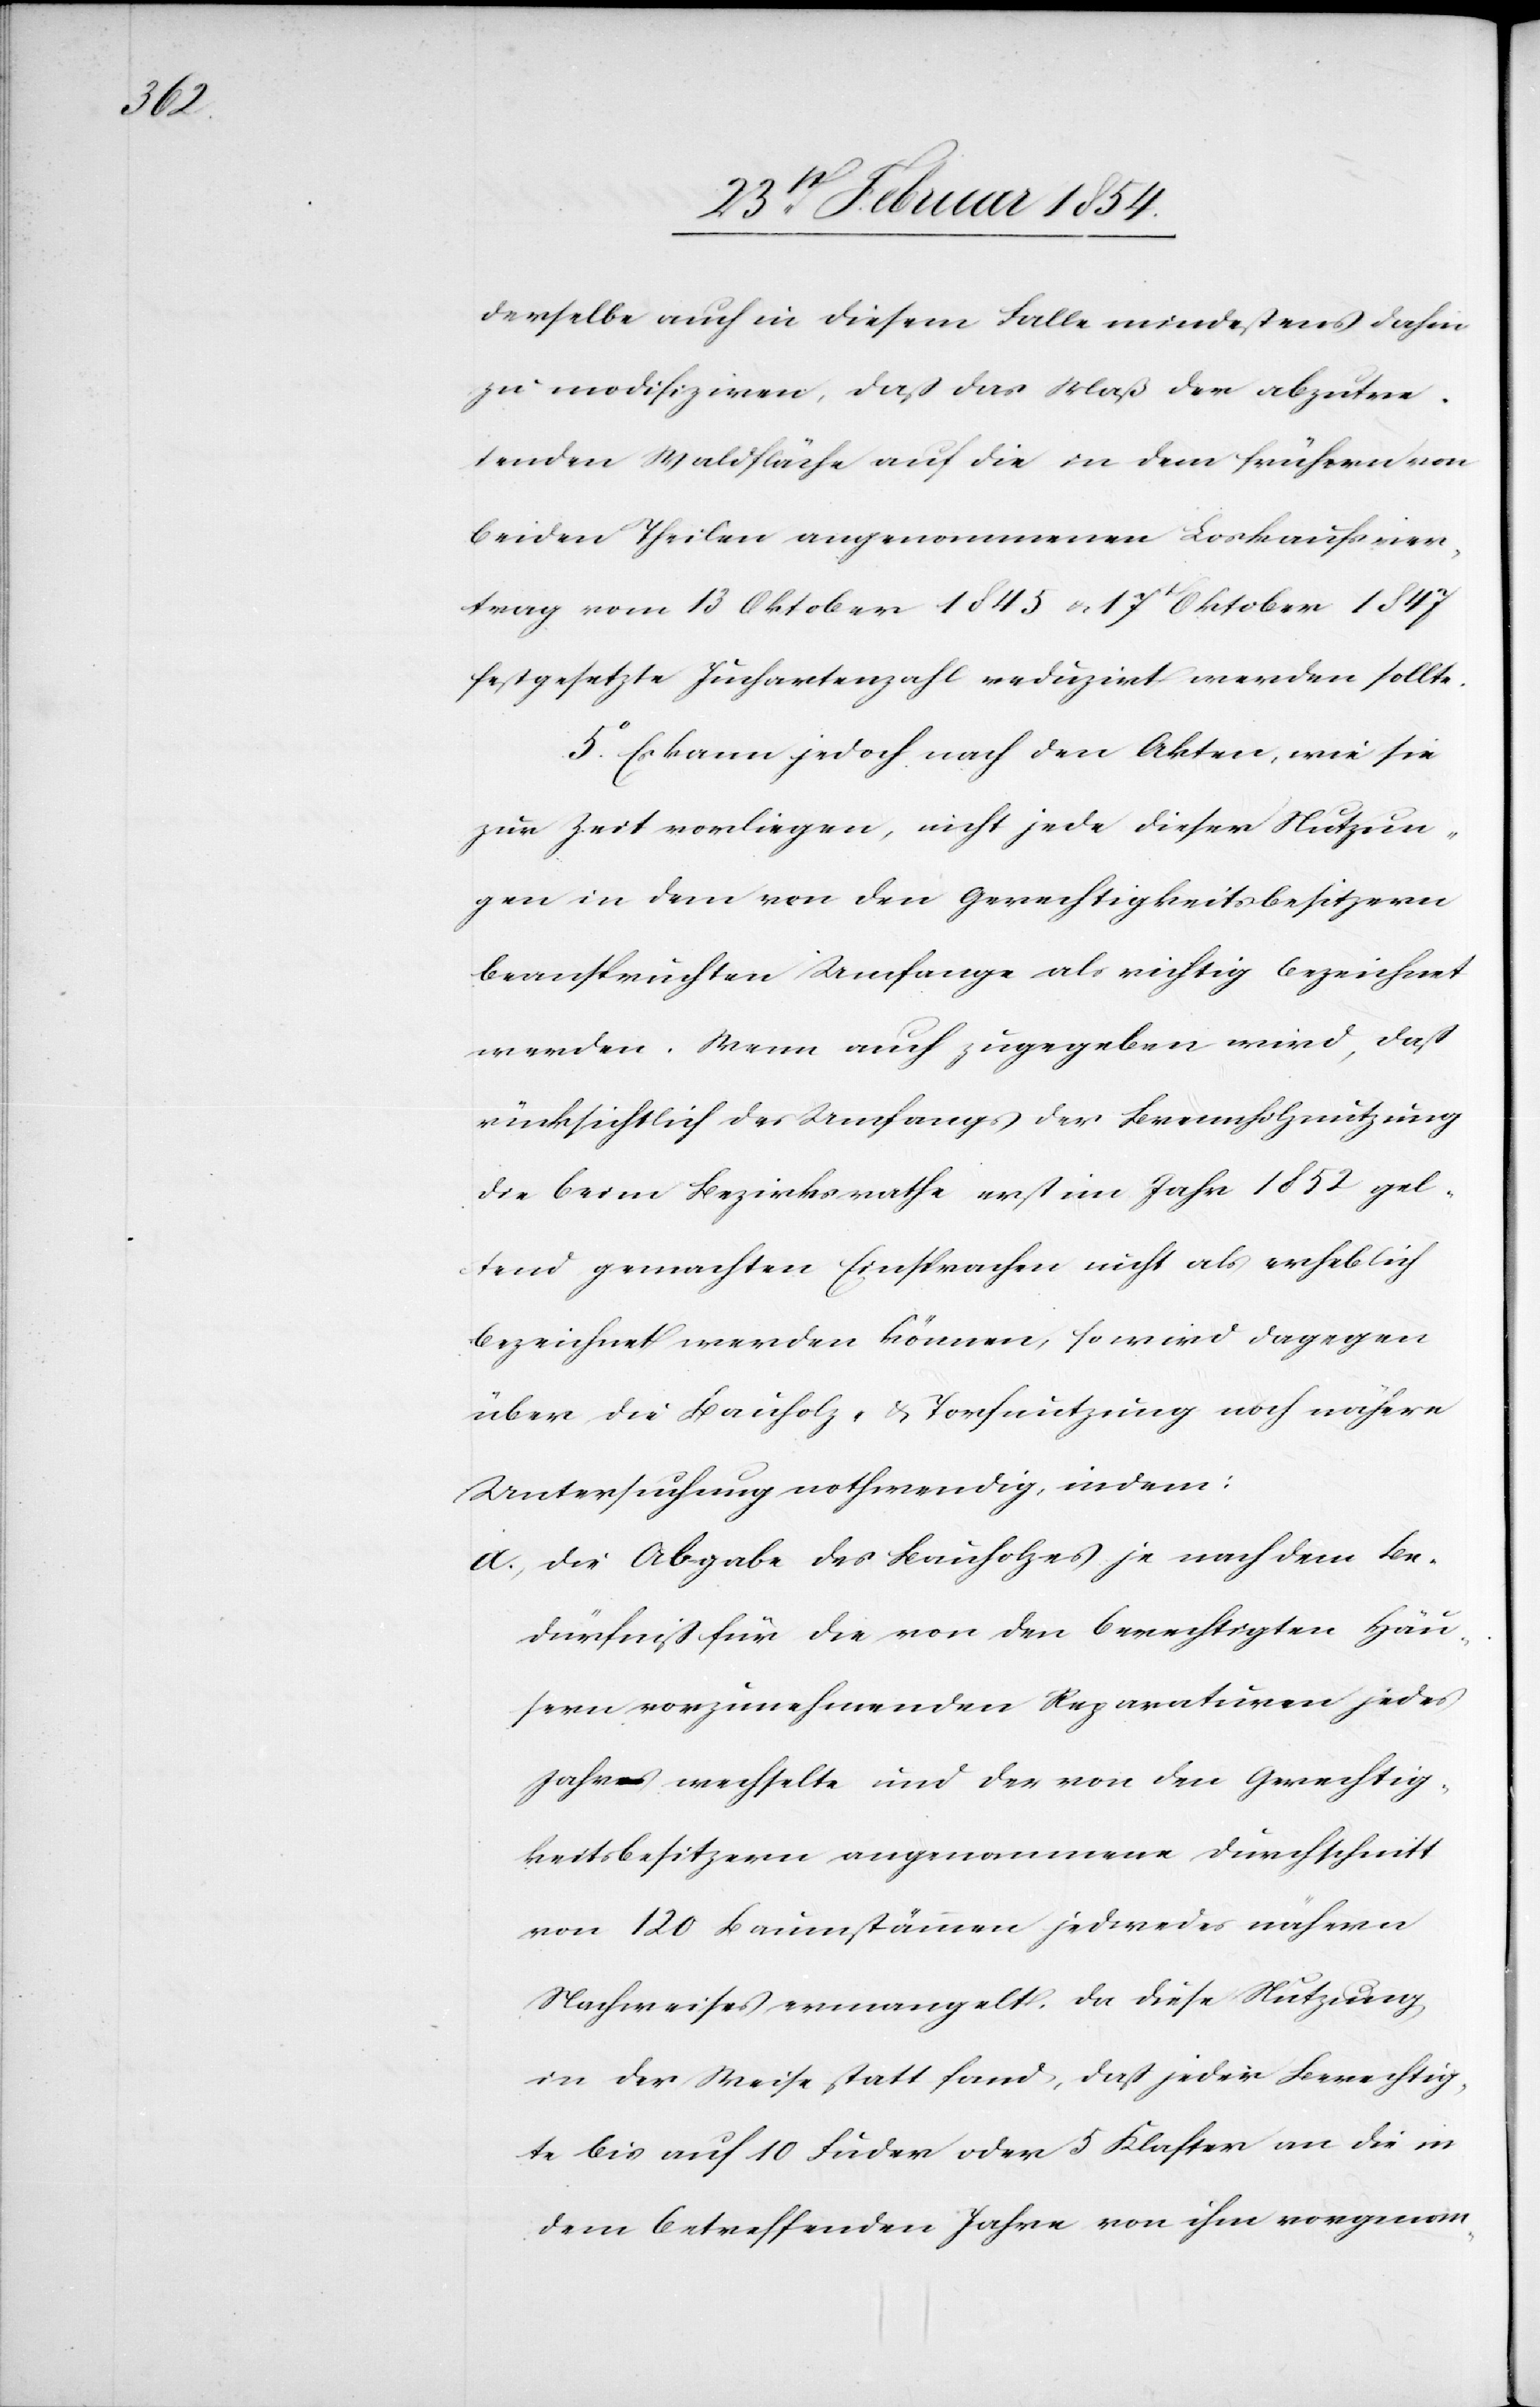
derselbe auch in diesem Falle mindestens dahin
zu modifiziren, daß das Maß der abzutre¬
tenden Waldfläche auf die in dem frühern von
beiden Theilen angenommenen Loskaufsver¬
trag vom 13 Oktober 1845 u. 17t Oktober 1847
festgesetzte Juchartenzahl reduzirt werden sollte.
5o Es kann jedoch nach den Akten, wie sie
zur Zeit vorliegen, nicht jede dieser Nutzun¬
gen in dem von den Gerechtigkeitsbesitzern
beanspruchten Umfange als richtig bezeichnet
werden. Wenn auch zugegeben wird, daß
rücksichtlich des Umfangs der Brennholznutzung
die beim Bezirksrathe erst im Jahre 1852 gel¬
tend gemachten Einsprachen nicht als erheblich
bezeichnet werden könne, so wird dagegen
über die Bauholz- & Torfnutzung noch nähere
Untersuchung nothwendig, indem:
a. Die Abgabe des Bauholzes je nach dem Be¬
dürfniß für die von den berechtigten Häu¬
sern vorzunehmenden Reparaturen jedes
Jahr wechselte und der von den Gerechtig¬
keitsbesitzern angenommene Durchschnitt
von 120 Baumstämmen jedweder nähern
Nachweises ermangelt. Da diese Nutzung
in der Weise Statt fand, daß jeder Berechtig¬
te bis auf 10 Fuder oder 5 Klaster an die in
dem betreffenden Jahre von ihm vorgenom-